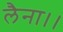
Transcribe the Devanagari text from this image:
लैना।।